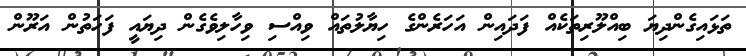
ތަޅައިގެންދިޔަ ބިއްލޫރިތަކެއް ފަދައިން އަހަރެންގެ ހިޔާލުތައް ވިއްސި ވިހާލިވެގެން ދިޔައީ ފަހަތުން އަރޫން